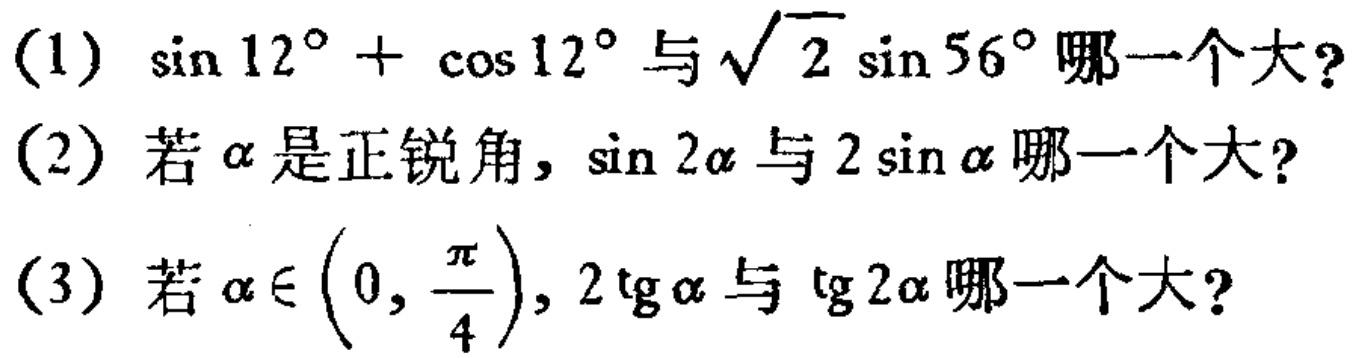
(1) $\sin 12^{\circ}+\cos 12^{\circ}$与$\sqrt{2}\sin 56^{\circ}$哪一个大?

(2) 若$\alpha$是正锐角，$\sin 2\alpha$与$2\sin\alpha$哪一个大?

(3) 若$\alpha\in\left(0,\frac{\pi}{4}\right),2\operatorname{tg}\alpha$与$\operatorname{tg}2\alpha$哪一个大?